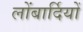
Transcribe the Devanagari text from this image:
लोंबार्दियों